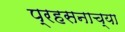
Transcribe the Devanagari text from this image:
प्रहसनाच्या